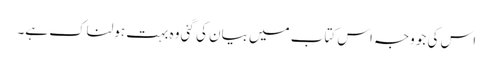
اس کی جو وجہ اس کتاب میں بیان کی گئی وہ بہت ہولناک ہے۔